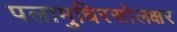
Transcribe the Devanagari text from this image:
पलामुधिरसोलक्षर